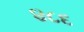
૪૮દ